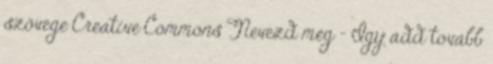
szövege Creative Commons Nevezd meg – Így add tovább